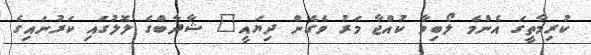
ކުރިމާތީގަ އެންމެ ލޯބިވާ ކުއްޖާ މަރު ވެގެން ދިޔައީ" ޝާދާބްގެ ލޮލުގައި ކަރުނައިގެ